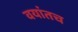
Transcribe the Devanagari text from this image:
वयांतच